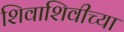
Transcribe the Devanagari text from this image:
शिवाशिवीच्या